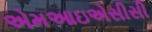
એમઆઇએસીસી